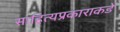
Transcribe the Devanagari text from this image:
साहित्यप्रकाराकडे